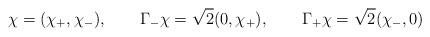
LaTeX: \begin{align*}\chi = (\chi_+,\chi_-), \qquad \Gamma _-\chi = {\sqrt 2}(0,\chi_+),\qquad \Gamma_+\chi = {\sqrt 2}(\chi_-,0)\end{align*}